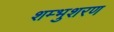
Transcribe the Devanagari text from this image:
शम्भुशरण